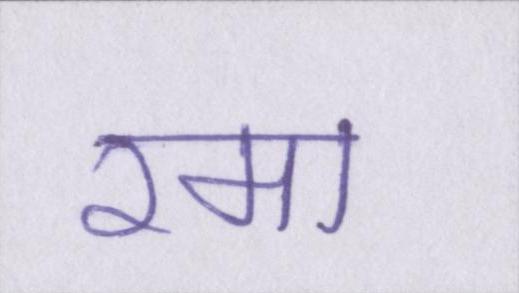
रमा